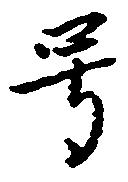
号